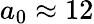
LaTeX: a_{0}\approx 12